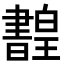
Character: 𤾳